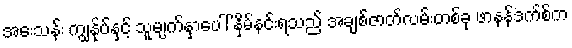
အေးသန်း ကျွနု်ပ်နှင့် သူမျက်နှာပေါ် နှိမ်နင်းရသည် အချစ်ဇာတ်လမ်းတစ်ခု ဖာနန်ဒက်စ်က